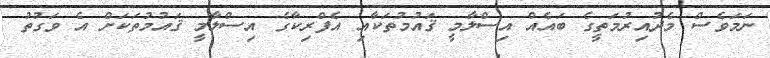
ނަމަވެސް މެދުއިރުމަތީގެ ބައެއް އިސްލާމީ ޤައުމުތަކާއި އެފްރިކާގެ އިސްލާމީ ޤައުމުތަކަށް އެ ވަގުތު